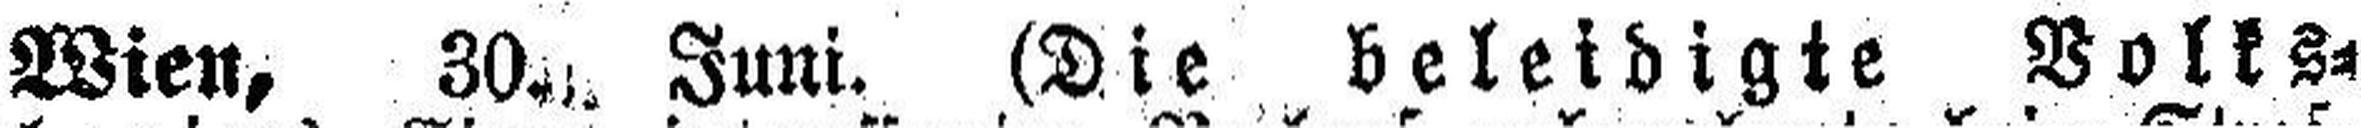
Wien, 30. Juni. (Die beleidigte Volks¬